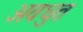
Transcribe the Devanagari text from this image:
अवधुत